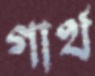
গার্থ